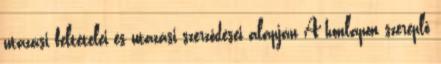
utazási feltételei és utazási szerződései alapján A honlapon szereplő